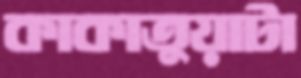
কাকাতুয়াটা